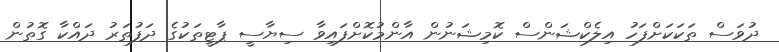
ދުވަސް ތަކަކަށްފަހު އިލެކްޝަންސް ކޮމިޝަނުން އާންމުކޮށްފައިވާ ސިޔާސީ ޕާޓީތަކުގެ ދަފުތަރު ދައްކާ ގޮތުން